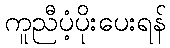
ကူညီပံ့ပိုးပေးရန်